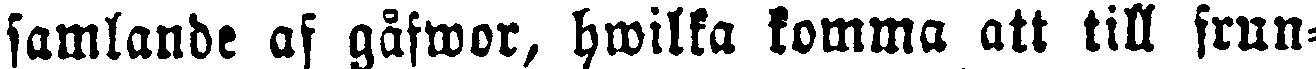
samlande af gåfwor, hwilka komma att till frun-